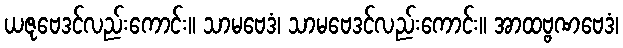
ယဇုဗေဒင်လည်းကောင်း။ သာမဗေဒံ၊ သာမဗေဒင်လည်းကောင်း။ အာထဗ္ဗဏဗေဒံ၊